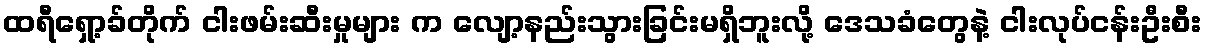
ထရီရှော့ခ်တိုက် ငါးဖမ်းဆီးမှုများ က လျော့နည်းသွားခြင်းမရှိဘူးလို့ ဒေသခံတွေနဲ့ ငါးလုပ်ငန်းဦးစီး